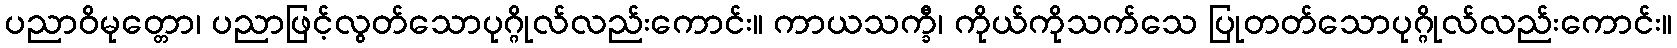
ပညာဝိမုတ္တော၊ ပညာဖြင့်လွတ်သောပုဂ္ဂိုလ်လည်းကောင်း။ ကာယသက္ခီ၊ ကိုယ်ကိုသက်သေ ပြုတတ်သောပုဂ္ဂိုလ်လည်းကောင်း။